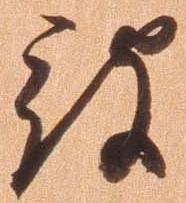
被